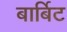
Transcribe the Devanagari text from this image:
बार्बिट